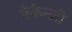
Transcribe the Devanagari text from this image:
मैकेन्जी